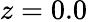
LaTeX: z=0.0